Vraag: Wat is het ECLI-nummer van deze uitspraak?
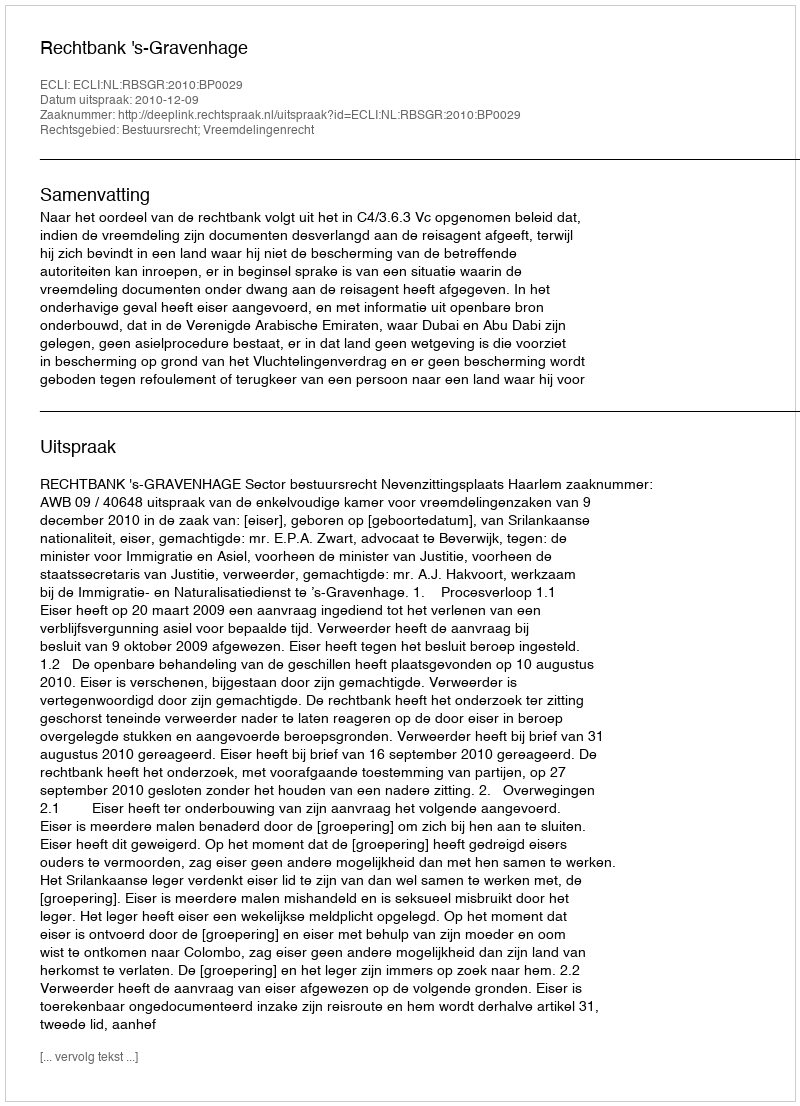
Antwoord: ECLI:NL:RBSGR:2010:BP0029